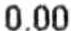
0.00